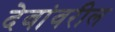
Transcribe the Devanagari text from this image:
देवांवरील